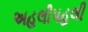
અહલીપહલી